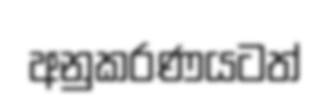
අනුකරණයටත්